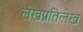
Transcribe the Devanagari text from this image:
लेखप्रतिलेख